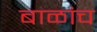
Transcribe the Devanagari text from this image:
बाळांच